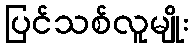
ပြင်သစ်လူမျိုး